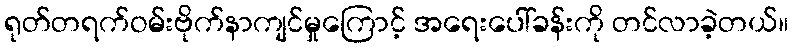
ရုတ်တရက်ဝမ်းဗိုက်နာကျင်မှုကြောင့် အရေးပေါ်ခန်းကို တင်လာခဲ့တယ်။